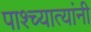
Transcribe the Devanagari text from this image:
पाश्च्यात्यांनी